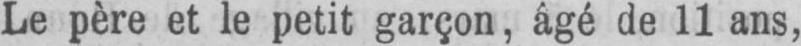
Le père et le petit garçon, âgé de 11 ans,